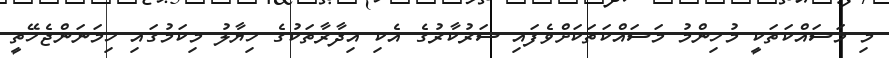
މި މަސައްކަތަކީ މުހިންމު މަސައްކަތަކަށްވެފައި ސަރުކާރުގެ އެކި އިދާރާތަކުގެ ހިޔާލު މިކަމުގައި ހިމަނަންޖެހޭތީ